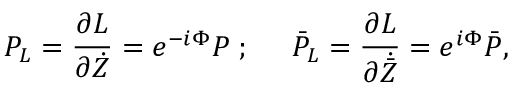
P _ { L } = \frac { \partial L } { \partial \dot { Z } } = e ^ { - i \Phi } P \; ; \; \; \; \; \; \bar { P } _ { L } = \frac { \partial L } { \partial \dot { \bar { Z } } } = e ^ { i \Phi } \bar { P } ,